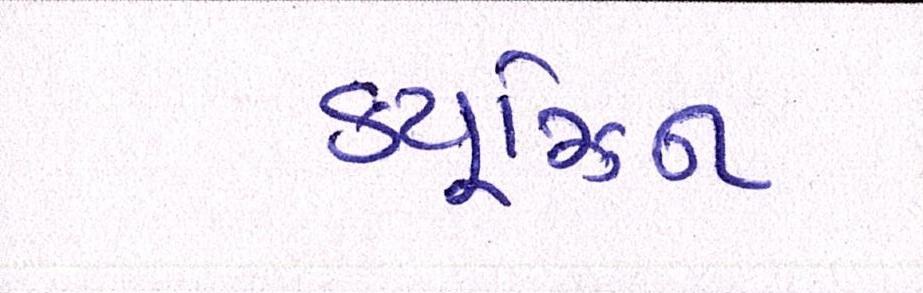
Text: ક્યૂઝિન